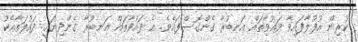
ކުރިން އުފުލާފައިވާ ދައުވާތައް އަނބުރާ ގެންގޮސްފައެވެ. އެ ދައުވާތައް އަނބުރާ ގެންދިޔައީ ދައުލަތާއެެކު